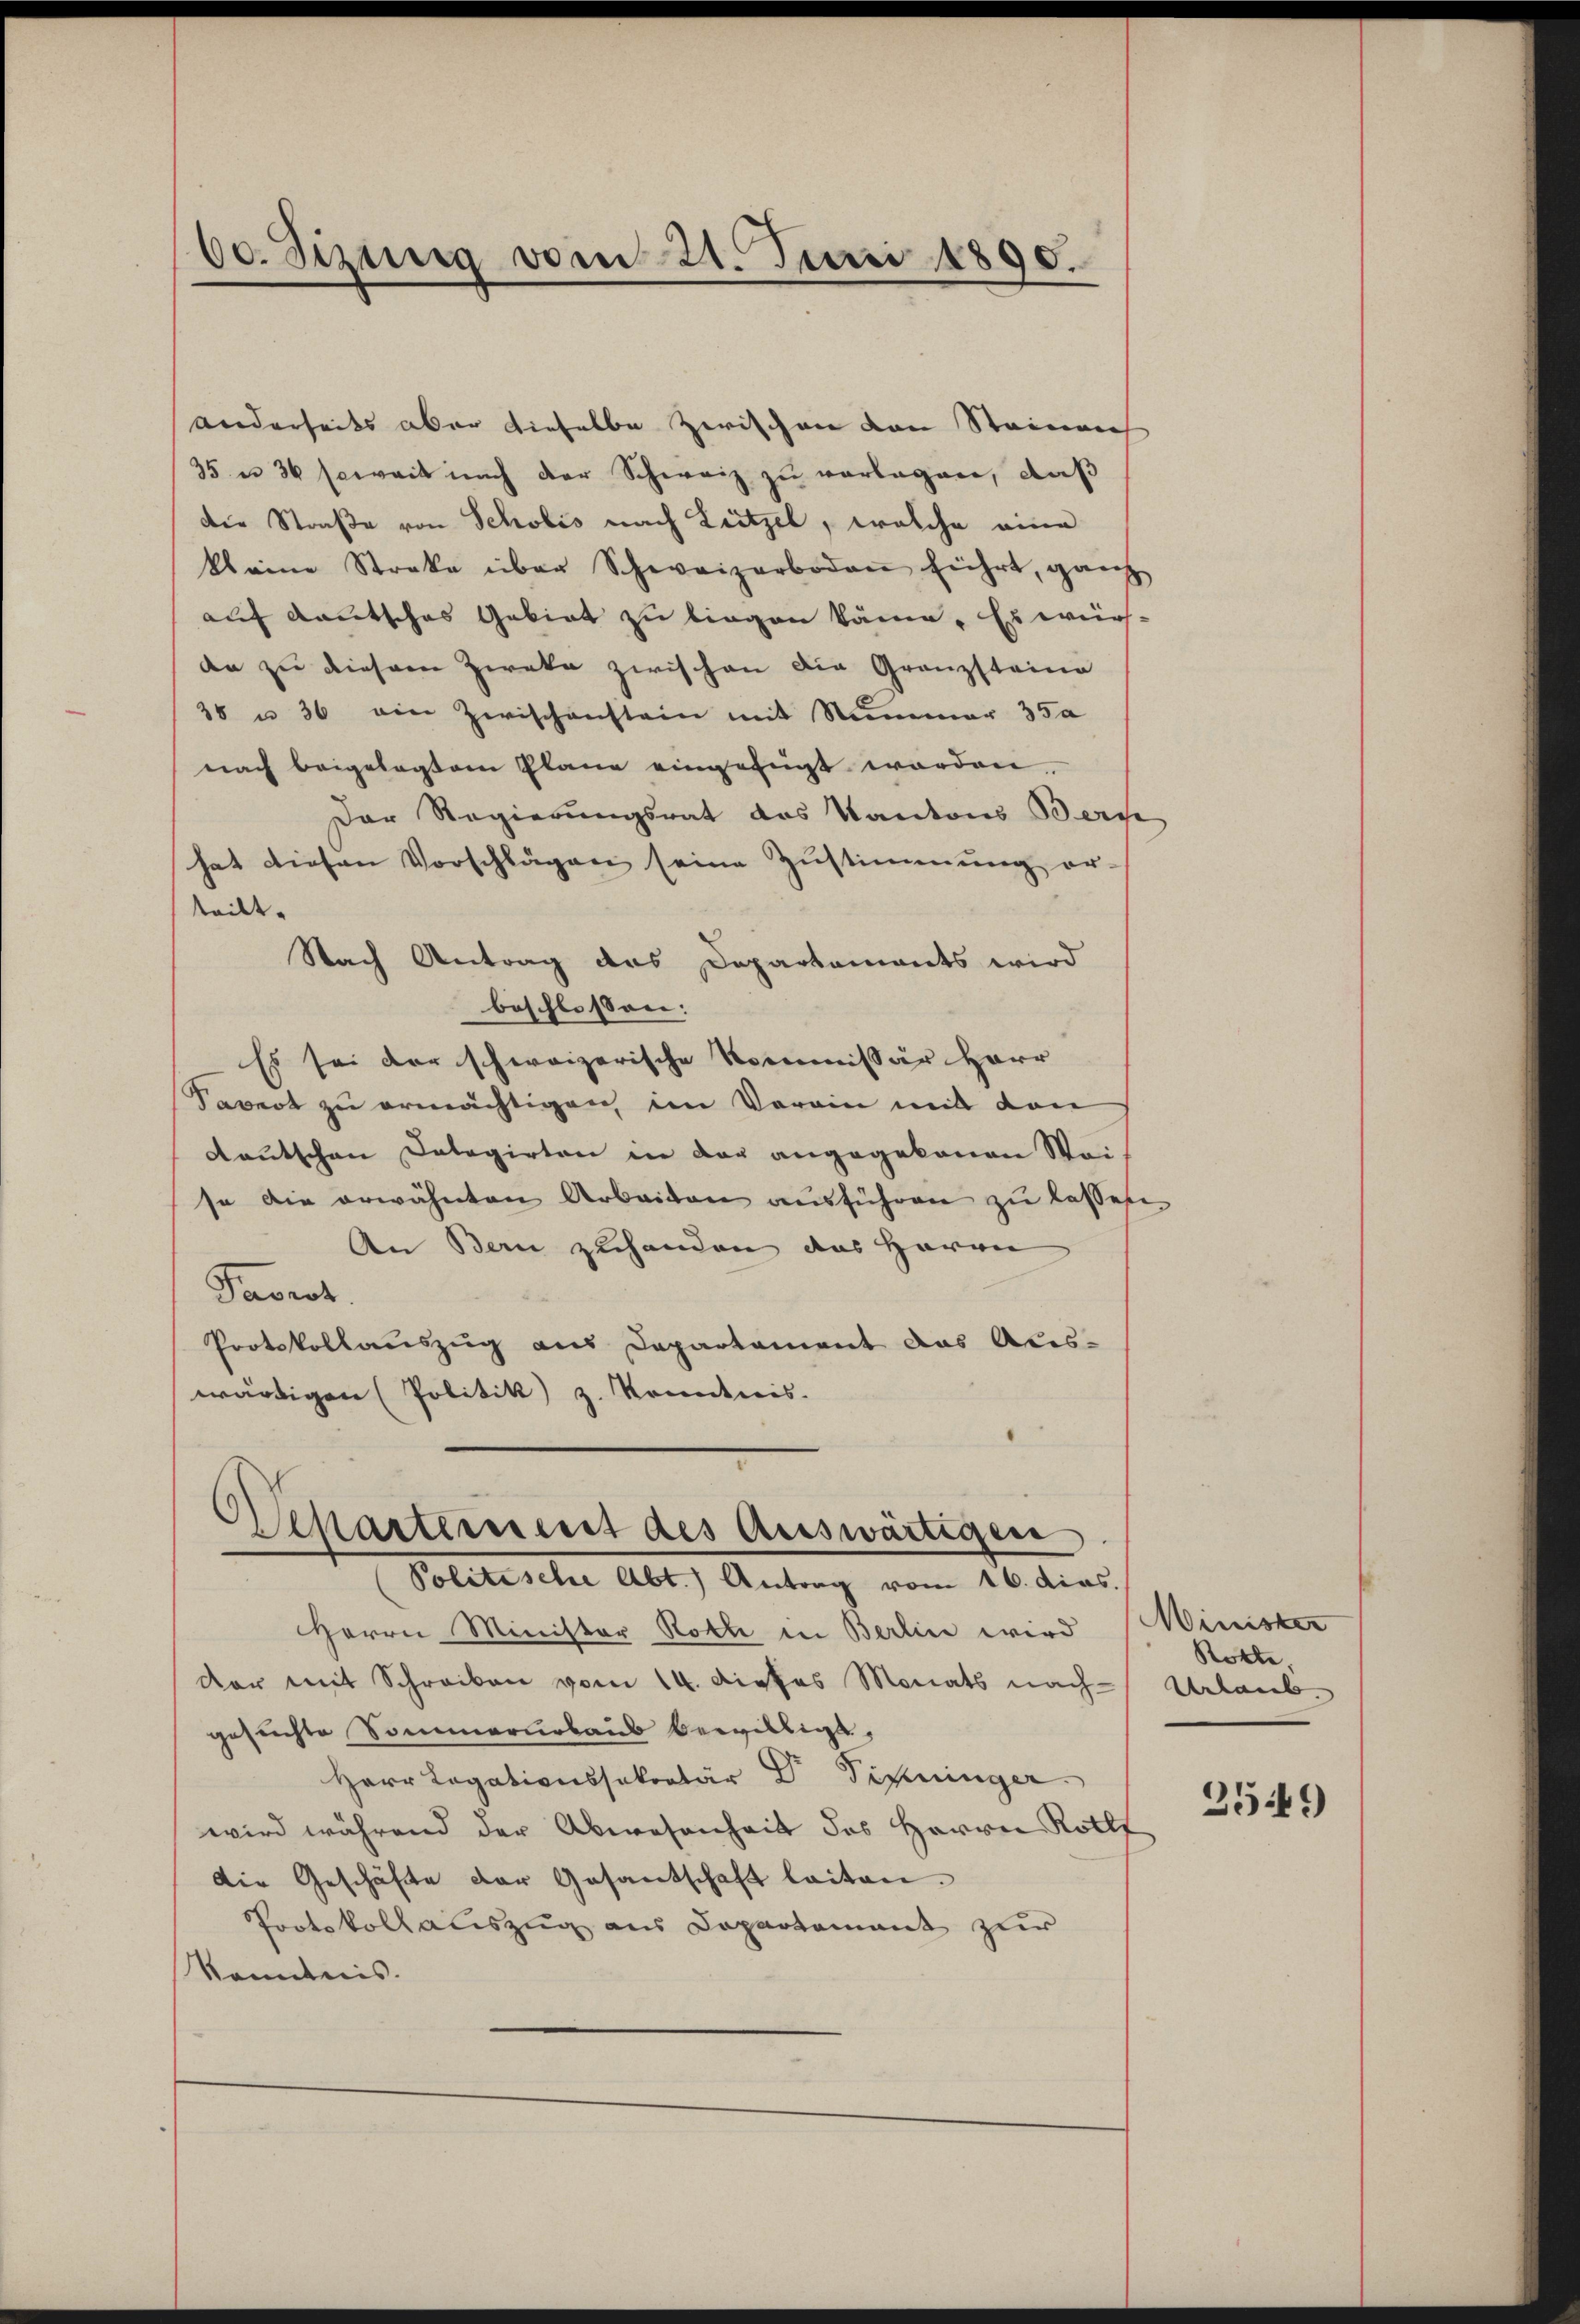
60. Sizung vom 21. Juni 1890.

anderseits aber dieselbe zwischen von Steinrich
35 n 36 soweit nach der Schweiz zu vorlagen, daß
der Straße von Scholis nach Leitzel, welche eine
kleine Streke über Schweizerboden führt, ganz
auf deutsches Gebiet zu liegen käme. Es wirs-
da zu diesem Zweke zwischen Die Granzsteine
38 u. 36 ein Zwischenstein mit Nummer 350
nach beigelegtem Plane eingefügt worden.
Der Regierungsrat des Kantons Bern
hat diesen Vorschlägen seine Zustimmung er-
teilt.
Nach Antrag das Departaments wird
beschlossen:
Es sei der schweizerische Kommissär Herr
Severt zu ermächtigen im Vorain mit den
deutschen Delegirten in der angegebenen Weise die erwähnten Arbeiten aŭsführen zŭ lassen
An Bern zuhanden das Herrn
Pavrot
Protokollauszug aus Departement das Aus-
wärtigen (Politik z. Konntnis.

Herrn Minister Hotte in Berlin wird
dar mit Schreiben vom 14. dieses Monats nach
gesuchte Sommerursaus bewilligt,
Herr Legationssekretär Dr. Piperinger
wird während der Abwesenheit des Herrn Rolle
Die Geschäfte der Gesantschaft leiten.
Protokoll auszug aus Departement zur
Kenntnis.

Departement des Auswärtigen
Politische Abt. Antrag vom 16. dies.

Minister
Rotte,
Urlaub
2549